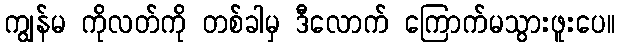
ကျွန်မ ကိုလတ်ကို တစ်ခါမှ ဒီလောက် ကြောက်မသွားဖူးပေ။